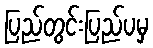
ပြည်တွင်းပြည်ပမှ